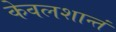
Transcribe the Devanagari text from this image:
केवलशान्तं